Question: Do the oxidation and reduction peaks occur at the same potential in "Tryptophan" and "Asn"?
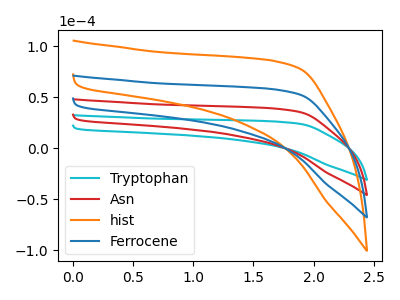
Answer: <think>The cyan curve "Tryptophan" has no peaks. The red curve "Asn" has no peaks. The orange curve "hist" has no peaks. The blue curve "Ferrocene" has no peaks.</think>
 <answer>Niether CV has any peaks.</answer>
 <eval>blanks</eval>